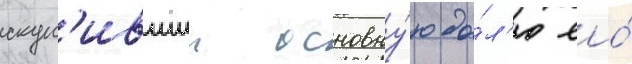
скуп'ившии основну́ю до́л'ю ео́